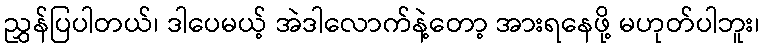
ညွှန်ပြပါတယ်၊ ဒါပေမယ့် အဲဒါလောက်နဲ့တော့ အားရနေဖို့ မဟုတ်ပါဘူး၊